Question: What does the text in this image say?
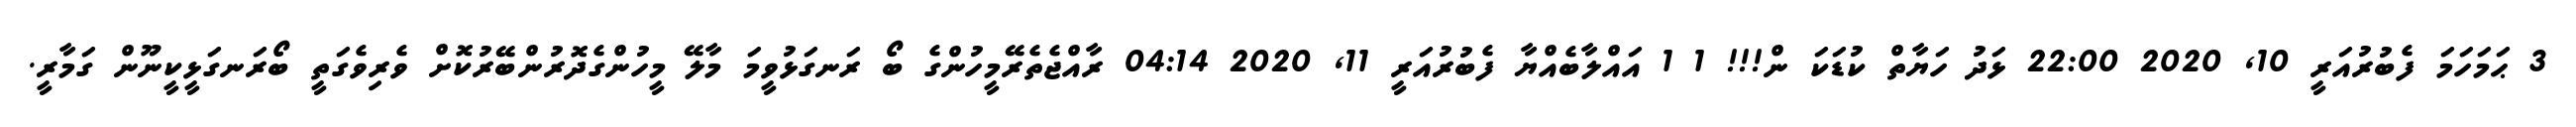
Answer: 3 ޙަމަހަމަ ފެބުރުއަރީ 10, 2020 22:00 ޅަދު ހަޔާތް ކުޑަކަ ން!!! 1 1 އައްލާބެއްޔާ ފެބުރުއަރީ 11, 2020 04:14 ރާއްޖެތެރޭމީހުންގެ ބޯ ރަނގަޅުވީމަ މާލޭ މީހުންގެދޮރުންބޭރުކޮށް ވެރިވެގަތީ ބޯރަނގަޅީކީނޫން ގަމާރީ.